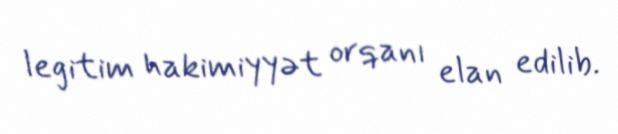
legitim hakimiyyət orqanı elan edilib.